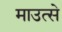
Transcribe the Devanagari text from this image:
माउत्से